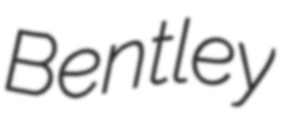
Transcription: Bentley